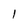
Character: 1